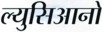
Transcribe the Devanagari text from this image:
ल्युसिआनो